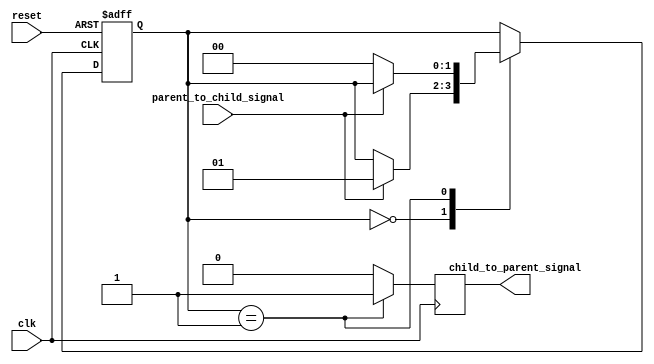
module hierarchical_fsm(
  input wire clk,
  input wire reset,
  input wire parent_to_child_signal,
  output wire child_to_parent_signal
);

// Declare state machine parameters
parameter STATE_A = 2'b00;
parameter STATE_B = 2'b01;
parameter STATE_C = 2'b10;

// Declare state machine states
reg [1:0] parent_state;
reg [1:0] child_state;

// Declare outputs
reg child_output;

// Parent state machine
always @(posedge clk or posedge reset)
begin
  if (reset) begin
    parent_state <= STATE_A;
  end else begin
    case (parent_state)
      STATE_A: begin
        // State transition logic
        if (parent_to_child_signal) begin
          parent_state <= STATE_B;
        end
      end
      STATE_B: begin
        // State transition logic
        if (!parent_to_child_signal) begin
          parent_state <= STATE_A;
        end
      end
    endcase
  end
end

// Child state machine
always @(posedge clk or posedge reset)
begin
  if (reset) begin
    child_state <= STATE_A;
  end else begin
    case (child_state)
      STATE_A: begin
        // State transition logic
        if (parent_to_child_signal) begin
          child_state <= STATE_B;
        end
      end
      STATE_B: begin
        // State transition logic
        if (!parent_to_child_signal) begin
          child_state <= STATE_A;
        end
      end
    endcase
  end
end

// Sequential logic block for child output
always @(posedge clk)
begin
  case (child_state)
    STATE_A: begin
      child_output <= 1'b0;
    end
    STATE_B: begin
      child_output <= 1'b1;
    end
    default: begin
      child_output <= 1'b0;
    end
  endcase
end

// Shared signal communication between parent and child
assign child_to_parent_signal = child_output;

endmodule